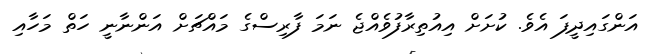
އަންގައިދީފަ އެވެ. ކުށަށް އިއުތިރާފުވެއްޖެ ނަމަ ފާރިސްގެ މައްޗަށް އަންނާނީ ހަތް މަހާއި